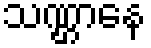
သဏ္ဌာနေ